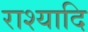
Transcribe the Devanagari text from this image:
राश्यादि